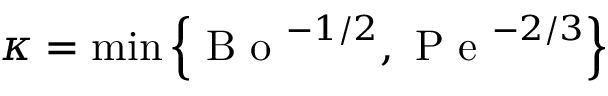
\kappa = \operatorname* { m i n } \left\{ \mathrm { ~ B ~ o ~ } ^ { - 1 / 2 } , \mathrm { ~ P ~ e ~ } ^ { - 2 / 3 } \right\}